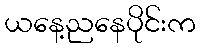
ယနေ့ညနေပိုင်းက